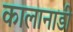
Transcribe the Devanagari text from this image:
कालानाडी